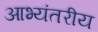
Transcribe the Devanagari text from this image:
आभ्यंतरीय